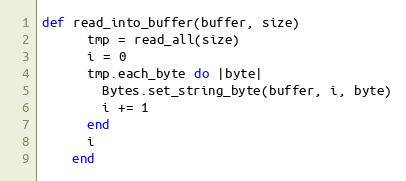
Language: Ruby
def read_into_buffer(buffer, size)
      tmp = read_all(size)
      i = 0
      tmp.each_byte do |byte|
        Bytes.set_string_byte(buffer, i, byte)
        i += 1
      end
      i
    end